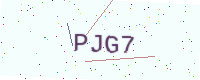
Text: PJG7